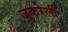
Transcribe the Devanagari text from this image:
जुकरेली